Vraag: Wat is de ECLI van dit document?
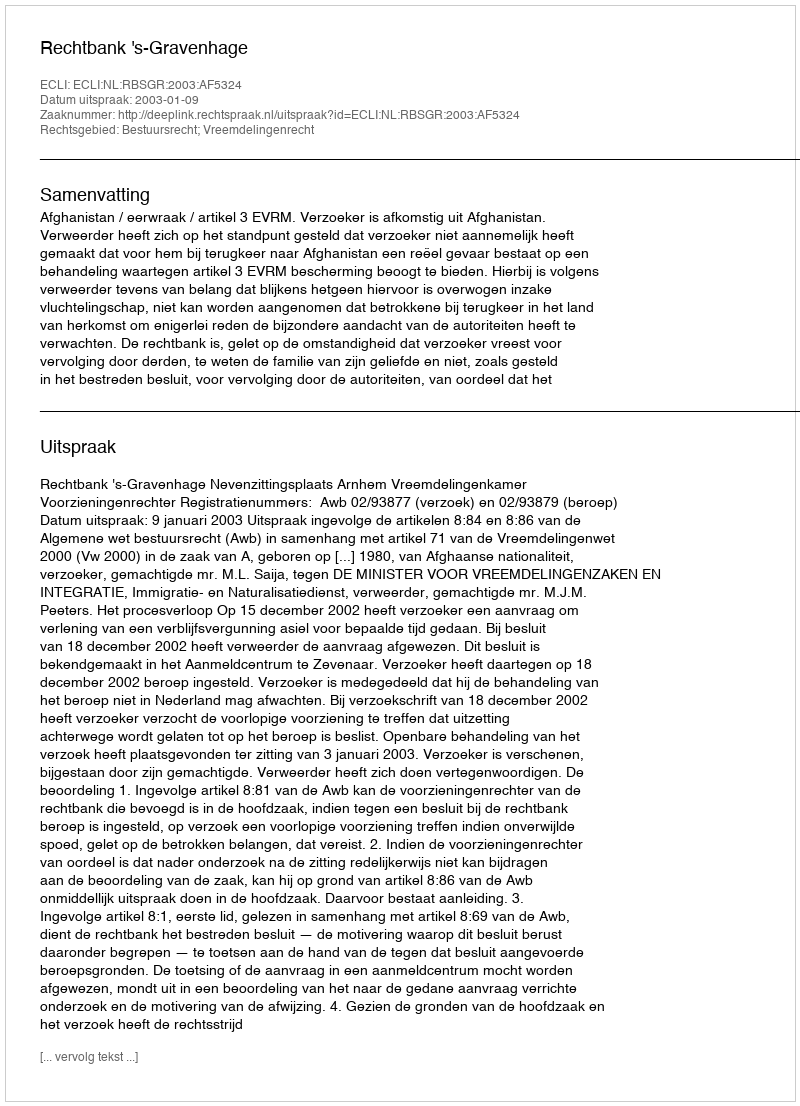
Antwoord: ECLI:NL:RBSGR:2003:AF5324